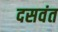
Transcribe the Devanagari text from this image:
दसवंत